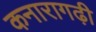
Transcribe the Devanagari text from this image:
कनारागढ़ी